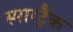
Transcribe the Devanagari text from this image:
स्मारट्रैक